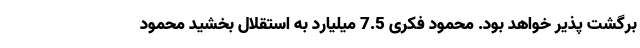
برگشت پذیر خواهد بود. محمود فکری 7.5 میلیارد به استقلال بخشید محمود